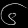
Digit: ၆